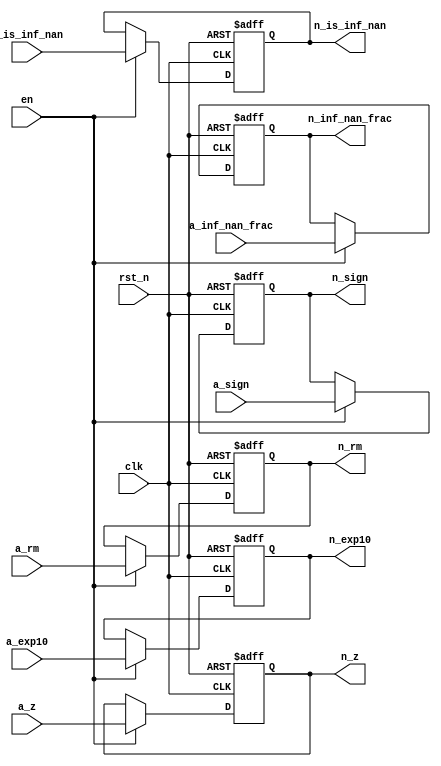
module float_mul_pipe_a2n_reg (clk,rst_n,en,a_rm,a_sign,a_exp10,a_is_inf_nan,a_inf_nan_frac,a_z,n_rm,n_sign,n_exp10,n_is_inf_nan,n_inf_nan_frac,n_z);
    input clk,rst_n,en;
    input [1:0] a_rm;
    input a_sign,a_is_inf_nan;
    input [9:0] a_exp10;
    input [22:0] a_inf_nan_frac;
    input [47:0] a_z;

    output [1:0] n_rm;
    output n_sign,n_is_inf_nan;
    output [9:0] n_exp10;
    output [22:0] n_inf_nan_frac;
    output [47:0] n_z;
    
    reg [1:0] n_rm;
    reg n_sign,n_is_inf_nan;
    reg [9:0] n_exp10;
    reg [22:0] n_inf_nan_frac;
    reg [47:0] n_z;

    always @ (posedge clk or negedge rst_n) begin
        if (!rst_n) begin
            n_rm<=1'b0;
            n_sign<=1'b0;
            n_is_inf_nan<=1'b0;
            n_exp10<=10'h000;
            n_inf_nan_frac<=23'h0000;
            n_z<=48'h000000_000000;
        end
        else if (en) begin
            n_rm<=a_rm;
            n_sign<=a_sign;
            n_is_inf_nan<=a_is_inf_nan;
            n_exp10<=a_exp10;
            n_inf_nan_frac<=a_inf_nan_frac;
            n_z<=a_z;
        end
    end
endmodule